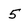
Character: 5